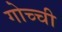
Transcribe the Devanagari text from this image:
गोच्ची